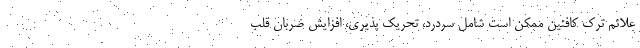
علائم ترک کافئین ممکن است شامل سردرد، تحریک پذیری، افزایش ضربان قلب